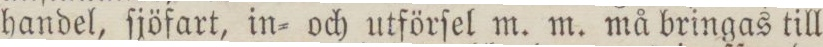
handel, ſjöfart, in= och utförſel m. m. må bringas till